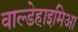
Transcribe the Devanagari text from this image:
वाल्डेहाइमिआ